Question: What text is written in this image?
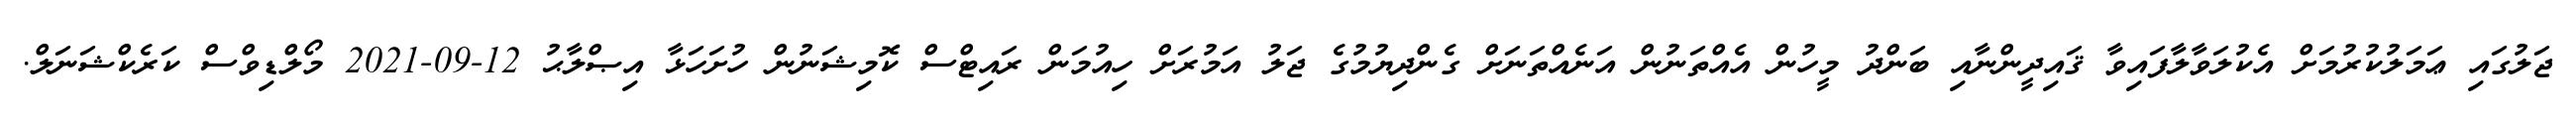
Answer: ޖަލުގައި ޢަމަލުކުރުމަށް އެކުލަވާލާފައިވާ ޤައިދީންނާއި ބަންދު މީހުން އެއްތަނުން އަނެއްތަނަށް ގެންދިޔުމުގެ ޖަލު އަމުރަށް ހިއުމަން ރައިޓްސް ކޮމިޝަނުން ހުށަހަޅާ އިޞްލާޙު 12-09-2021 މޯލްޑިވްސް ކަރެކްޝަނަލް.